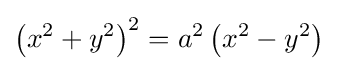
\left(x^{2}+y^{2}\right)^{2}=a^{2}\left(x^{2}-y^{2}\right)